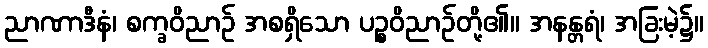
ညာဏာဒီနံ၊ စက္ခဝိညာဉ် အစရှိသော ပဉ္စဝိညာဉ်တို့၏။ အနန္တရံ၊ အခြးမဲ့၌။